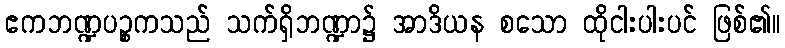
ဧကဘဏ္ဍပဉ္စကသည် သက်ရှိဘဏ္ဍာ၌ အာဒိယန စသော ထိုငါးပါးပင် ဖြစ်၏။